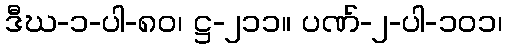
ဒီဃ-၁-ပါ-၈၀၊ ဋ္ဌ-၂၁၁။ ပဏ်-၂-ပါ-၁၀၁၊